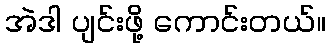
အဲဒါ ပျင်းဖို့ ကောင်းတယ်။